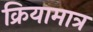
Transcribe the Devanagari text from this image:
क्रियामात्र